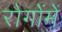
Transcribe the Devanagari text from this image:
रोगोंमें